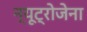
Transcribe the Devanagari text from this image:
न्यूट्रोजेना